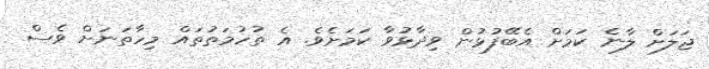
ޖަލަށް ލާނެ ކަމަށް އެބޭފުޅުން ވިދާޅުވާ ކަމަށެވެ. އެ ތުހުމަތުތައް މިހާތަނަށް ވެސް